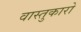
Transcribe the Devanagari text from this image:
वास्तुकारो